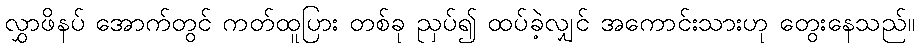
လွှာဖိနပ် အောက်တွင် ကတ်ထူပြား တစ်ခု ညှပ်၍ ထပ်ခဲ့လျှင် အကောင်းသားဟု တွေးနေသည်။